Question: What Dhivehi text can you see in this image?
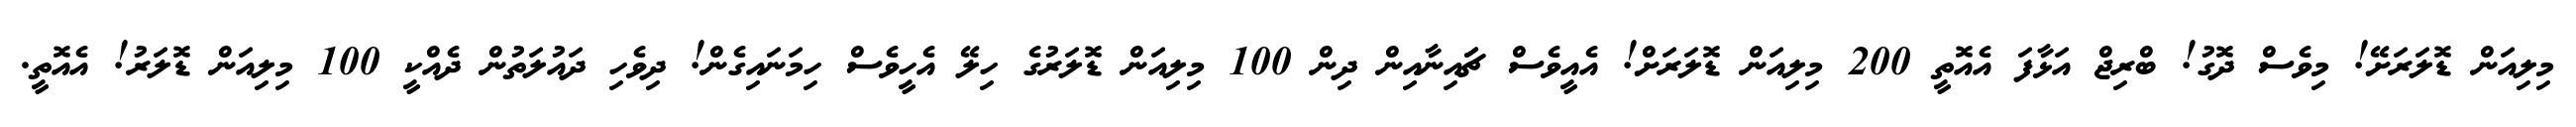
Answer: މިލިއަން ޑޮލަރަށޭ! މިވެސް ދޮގު! ބްރިޖް އަޅާފަ އެއޮތީ 200 މިލިއަން ޑޮލަރަށް! އެއީވެސް ޗަައިނާއިން ދިން 100 މިލިއަން ޑޮލަރުގެ ހިލޭ އެހީވެސް ހިމަނައިގެން! ދިވެހި ދައުލަތުން ދެއްކީ 100 މިލިއަން ޑޮލަރު! އެއޮތީ.